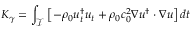
K _ { \gamma } = \int _ { \mathcal { T } } \left[ - \rho _ { 0 } u _ { t } ^ { \dagger } u _ { t } + \rho _ { 0 } c _ { 0 } ^ { 2 } \nabla u ^ { \dagger } \cdot \nabla u \right] d t